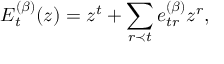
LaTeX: E _ { t } ^ { ( \beta ) } ( z ) = z ^ { t } + \sum _ { r \prec t } e _ { t r } ^ { ( \beta ) } z ^ { r } ,